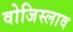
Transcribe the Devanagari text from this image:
वोजिस्लाव